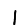
Digit: 1